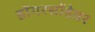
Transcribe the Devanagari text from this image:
डोंगरसोंडेवर